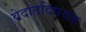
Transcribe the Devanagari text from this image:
वेदांतविषयक